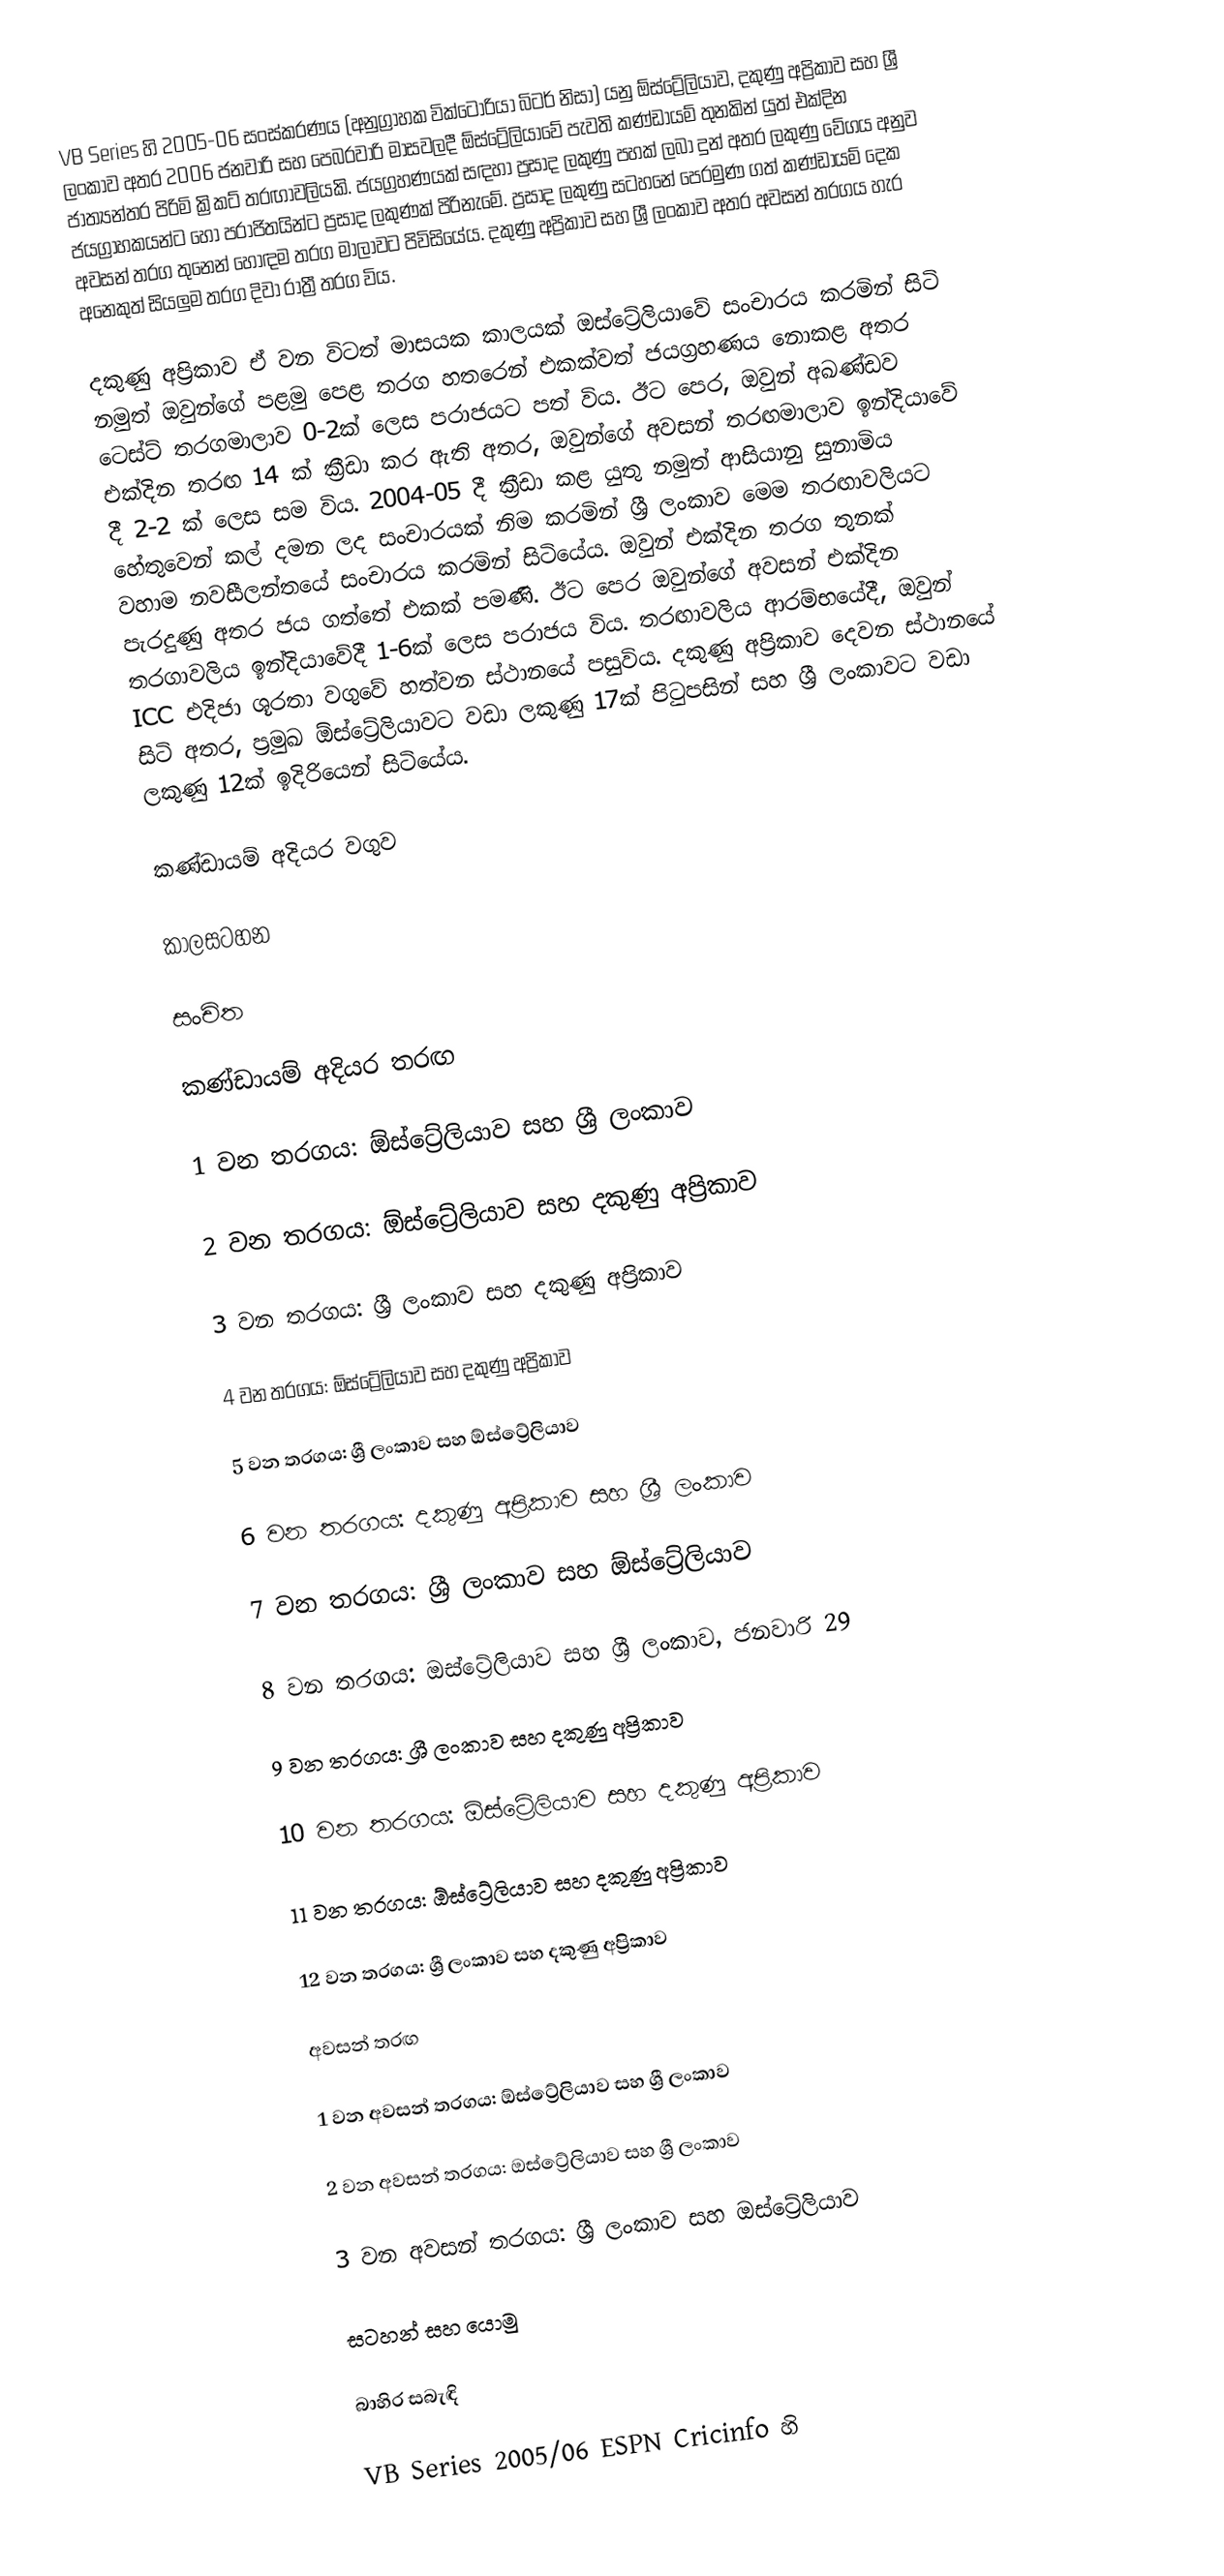
VB Series හි 2005-06 සංස්කරණය (අනුග්‍රාහක වික්ටෝරියා බිටර් නිසා) යනු ඕස්ට්‍රේලියාව, දකුණු අප්‍රිකාව සහ ශ්‍රී ලංකාව අතර 2006 ජනවාරි සහ පෙබරවාරි මාසවලදී ඕස්ට්‍රේලියාවේ පැවති කණ්ඩායම් තුනකින් යුත් එක්දින ජාත්‍යන්තර පිරිමි ක්‍රිකට් තරඟාවලියකි. ජයග්‍රහණයක් සඳහා ප්‍රසාද ලකුණු පහක් ලබා දුන් අතර ලකුණු වේගය අනුව ජයග්‍රාහකයන්ට හෝ පරාජිතයින්ට ප්‍රසාද ලකුණක් පිරිනැමේ. ප්‍රසාද ලකුණු සටහනේ පෙරමුණ ගත් කණ්ඩායම් දෙක අවසන් තරග තුනෙන් හොඳම තරග මාලාවට පිවිසියේය. දකුණු අප්‍රිකාව සහ ශ්‍රී ලංකාව අතර අවසන් තරගය හැර අනෙකුත් සියලුම තරග දිවා රාත්‍රී තරග විය.

දකුණු අප්‍රිකාව ඒ වන විටත් මාසයක කාලයක් ඔස්ට්‍රේලියාවේ සංචාරය කරමින් සිටි නමුත් ඔවුන්ගේ පළමු පෙළ තරග හතරෙන් එකක්වත් ජයග්‍රහණය නොකළ අතර ටෙස්ට් තරගමාලාව 0-2ක් ලෙස පරාජයට පත් විය. ඊට පෙර, ඔවුන් අඛණ්ඩව එක්දින තරඟ 14 ක් ක්‍රීඩා කර ඇති අතර, ඔවුන්ගේ අවසන් තරඟමාලාව ඉන්දියාවේ දී 2-2 ක් ලෙස සම විය. 2004-05 දී ක්‍රීඩා කළ යුතු නමුත් ආසියානු සුනාමිය හේතුවෙන් කල් දමන ලද සංචාරයක් නිම කරමින් ශ්‍රී ලංකාව මෙම තරඟාවලියට වහාම නවසීලන්තයේ සංචාරය කරමින් සිටියේය. ඔවුන් එක්දින තරග තුනක් පැරදුණු අතර ජය ගත්තේ එකක් පමණි. ඊට පෙර ඔවුන්ගේ අවසන් එක්දින තරගාවලිය ඉන්දියාවේදී 1-6ක් ලෙස පරාජය විය. තරඟාවලිය ආරම්භයේදී, ඔවුන් ICC එදිජා ශූරතා වගුවේ හත්වන ස්ථානයේ පසුවිය. දකුණු අප්‍රිකාව දෙවන ස්ථානයේ සිටි අතර, ප්‍රමුඛ ඕස්ට්‍රේලියාවට වඩා ලකුණු 17ක් පිටුපසින් සහ ශ්‍රී ලංකාවට වඩා ලකුණු 12ක් ඉදිරියෙන් සිටියේය.

කණ්ඩායම් අදියර වගුව

කාලසටහන

සංචිත

කණ්ඩායම් අදියර තරඟ

1 වන තරගය: ඕස්ට්‍රේලියාව සහ ශ්‍රී ලංකාව

2 වන තරගය: ඕස්ට්‍රේලියාව සහ දකුණු අප්‍රිකාව

3 වන තරගය: ශ්‍රී ලංකාව සහ දකුණු අප්‍රිකාව

4 වන තරගය: ඕස්ට්‍රේලියාව සහ දකුණු අප්‍රිකාව

5 වන තරගය: ශ්‍රී ලංකාව සහ ඕස්ට්‍රේලියාව

6 වන තරගය: දකුණු අප්‍රිකාව සහ ශ්‍රී ලංකාව

7 වන තරගය: ශ්‍රී ලංකාව සහ ඕස්ට්‍රේලියාව

8 වන තරගය: ඔස්ට්‍රේලියාව සහ ශ්‍රී ලංකාව, ජනවාරි 29

9 වන තරගය: ශ්‍රී ලංකාව සහ දකුණු අප්‍රිකාව

10 වන තරගය: ඕස්ට්‍රේලියාව සහ දකුණු අප්‍රිකාව

11 වන තරගය: ඕස්ට්‍රේලියාව සහ දකුණු අප්‍රිකාව

12 වන තරගය: ශ්‍රී ලංකාව සහ දකුණු අප්‍රිකාව

අවසන් තරඟ

1 වන  අවසන් තරගය: ඕස්ට්‍රේලියාව සහ ශ්‍රී ලංකාව

2 වන  අවසන් තරගය: ඔස්ට්‍රේලියාව සහ ශ්‍රී ලංකාව

3 වන අවසන් තරගය: ශ්‍රී ලංකාව සහ ඔස්ට්‍රේලියාව

සටහන් සහ යොමු

බාහිර සබැඳි

 VB Series 2005/06 ESPN Cricinfo හි